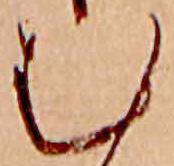
む